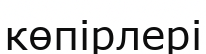
көпірлері